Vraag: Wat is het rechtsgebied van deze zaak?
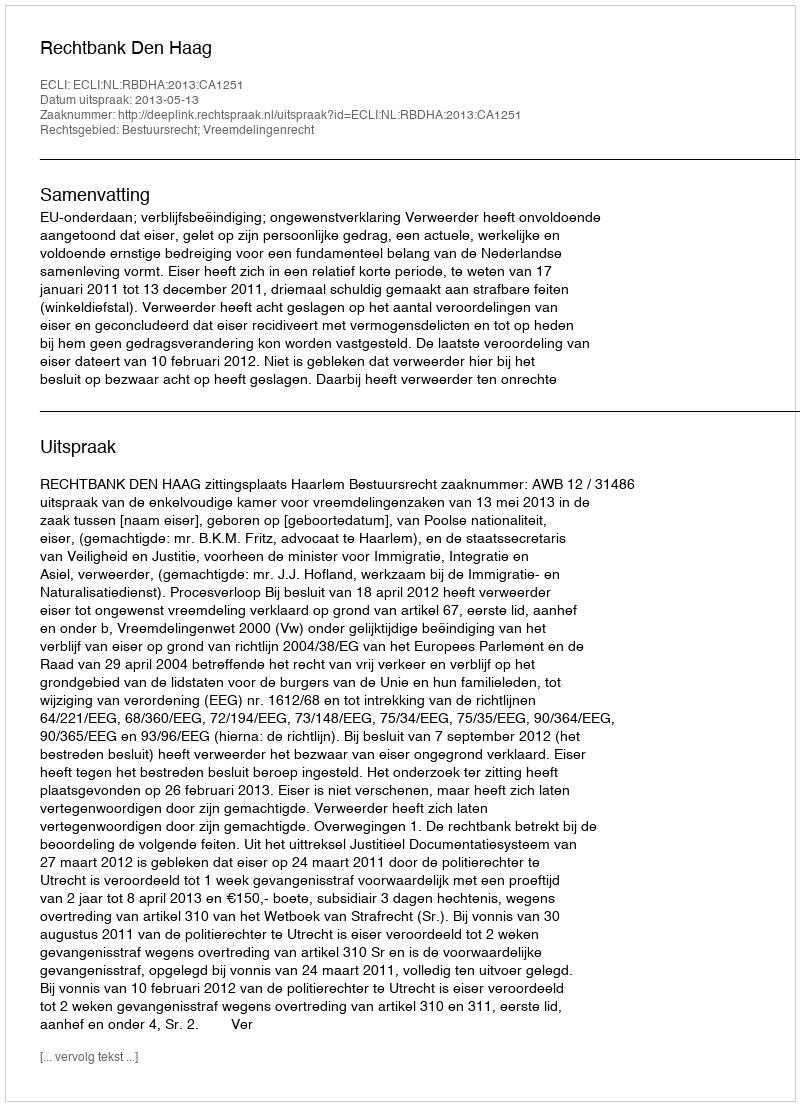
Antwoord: Bestuursrecht; Vreemdelingenrecht